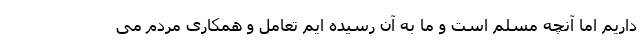
داریم اما آنچه مسلم است و ما به آن رسیده ایم تعامل و همکاری مردم می